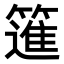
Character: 𥳟